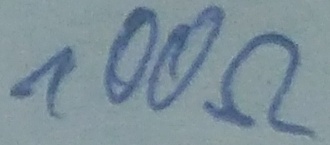
Text: 100Ω